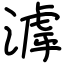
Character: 滹